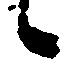
候